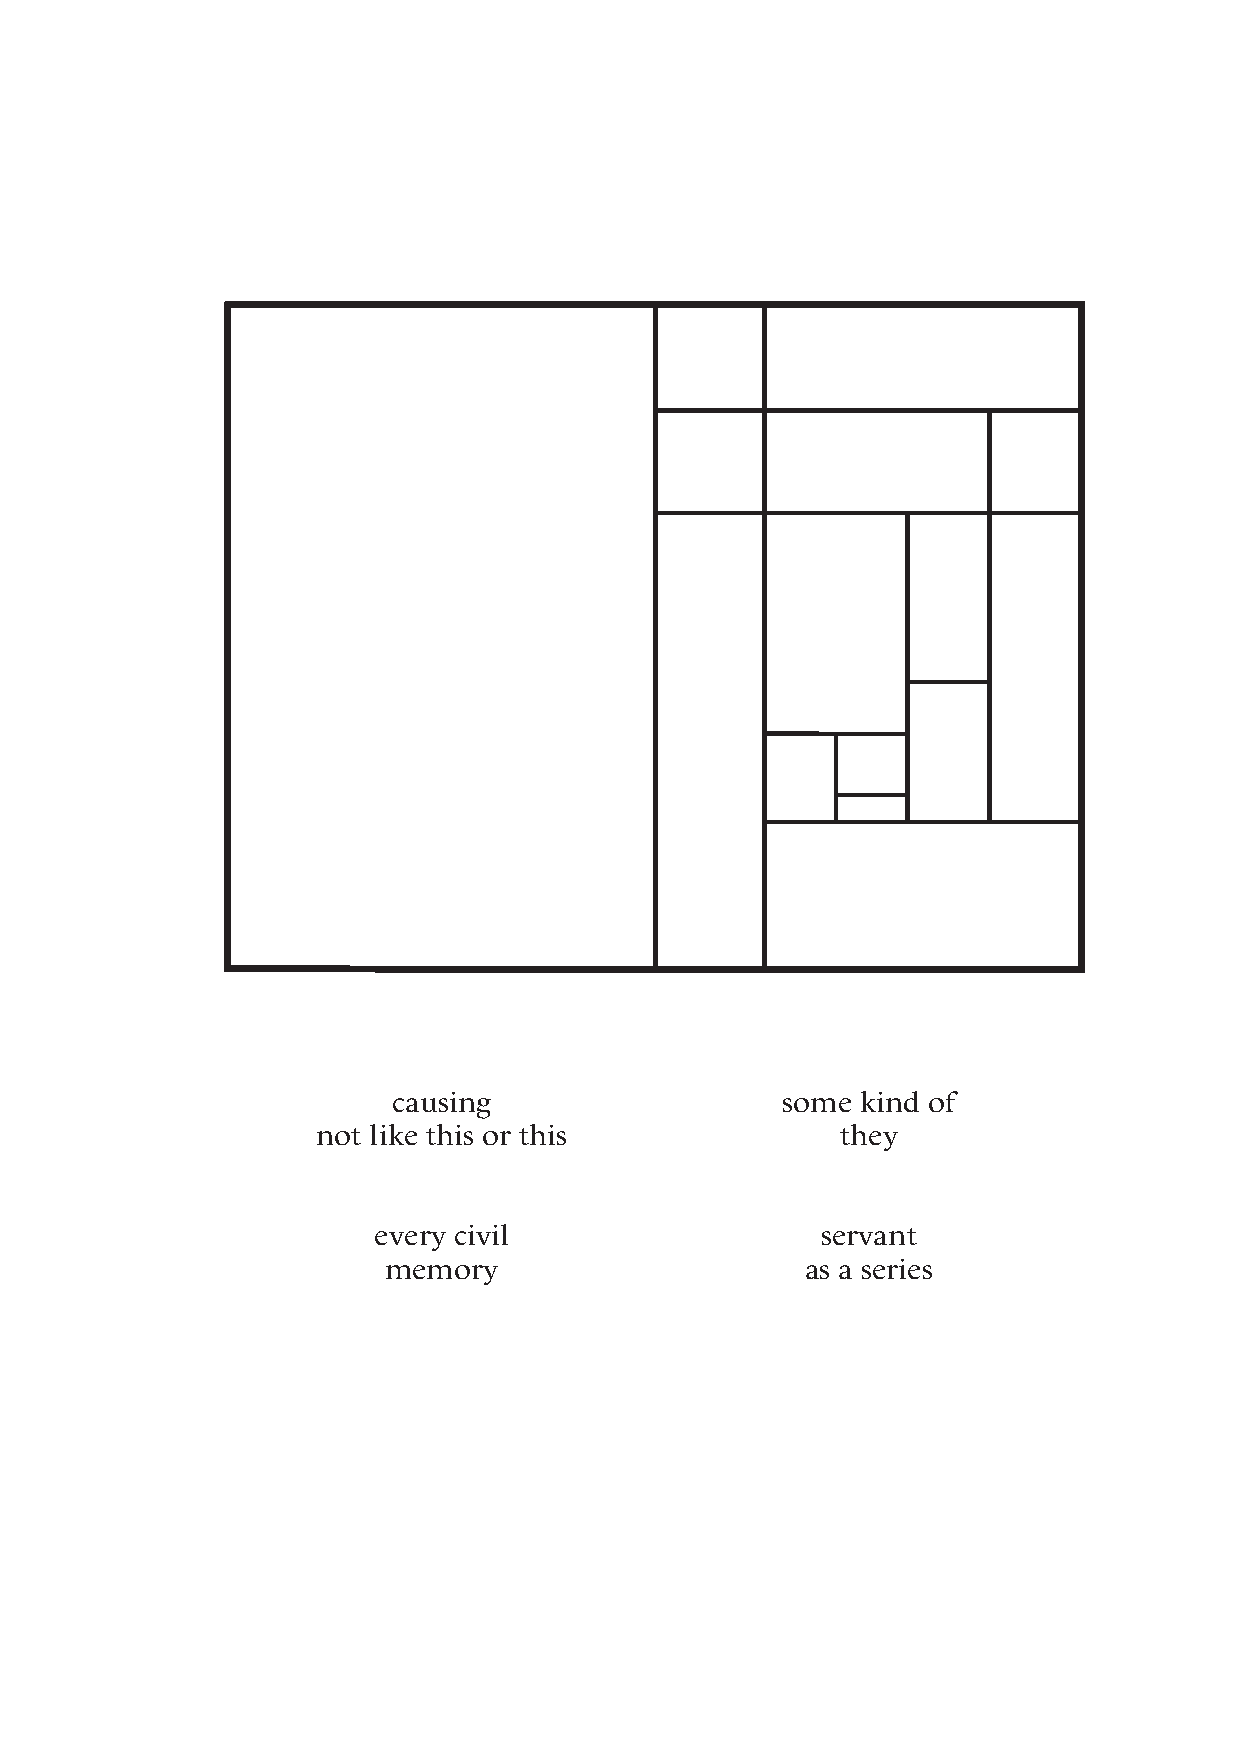
causing                   some kind of
 not like this or this              they
 every civil                  servant
 memory                     as a series
 49